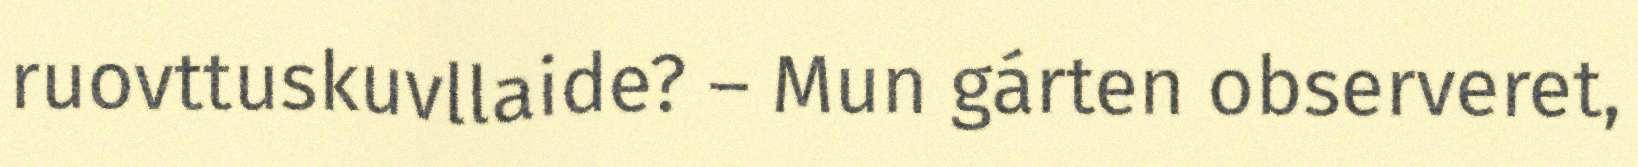
ruovttuskuvllaide? – Mun gárten observeret,